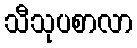
သီသုပစာလာ